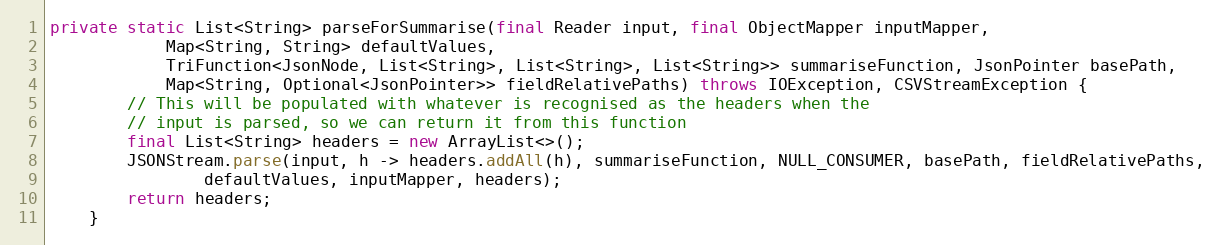
Language: Java
private static List<String> parseForSummarise(final Reader input, final ObjectMapper inputMapper,
			Map<String, String> defaultValues,
			TriFunction<JsonNode, List<String>, List<String>, List<String>> summariseFunction, JsonPointer basePath,
			Map<String, Optional<JsonPointer>> fieldRelativePaths) throws IOException, CSVStreamException {
		// This will be populated with whatever is recognised as the headers when the
		// input is parsed, so we can return it from this function
		final List<String> headers = new ArrayList<>();
		JSONStream.parse(input, h -> headers.addAll(h), summariseFunction, NULL_CONSUMER, basePath, fieldRelativePaths,
				defaultValues, inputMapper, headers);
		return headers;
	}